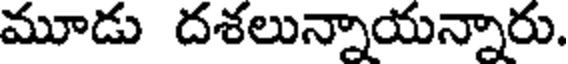
మూడు దశలున్నాయన్నారు.